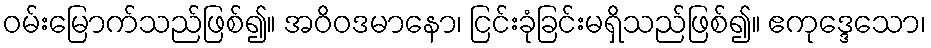
ဝမ်းမြောက်သည်ဖြစ်၍။ အဝိဝဒမာနော၊ ငြင်းခုံခြင်းမရှိသည်ဖြစ်၍။ ဧကုဒ္ဒေသော၊